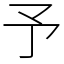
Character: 予